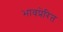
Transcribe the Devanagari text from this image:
भावप्रेरित